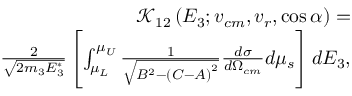
\begin{array} { r l r } & { } & { \mathcal { K } _ { 1 2 } \left( E _ { 3 } ; v _ { c m } , v _ { r } , \cos \alpha \right) = } \\ & { } & { \frac { 2 } { \sqrt { 2 m _ { 3 } E _ { 3 } ^ { * } } } \left[ \int _ { \mu _ { L } } ^ { \mu _ { U } } \frac { 1 } { \sqrt { B ^ { 2 } - \left( C - A \right) ^ { 2 } } } \frac { d \sigma } { d \Omega _ { c m } } d \mu _ { s } \right] d E _ { 3 } , } \end{array}